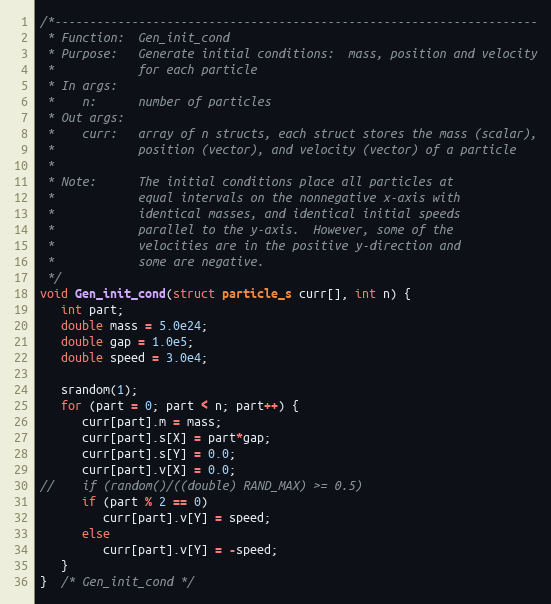
Language: C
/*---------------------------------------------------------------------
 * Function:  Gen_init_cond
 * Purpose:   Generate initial conditions:  mass, position and velocity
 *            for each particle
 * In args:
 *    n:      number of particles
 * Out args:
 *    curr:   array of n structs, each struct stores the mass (scalar),
 *            position (vector), and velocity (vector) of a particle
 *
 * Note:      The initial conditions place all particles at
 *            equal intervals on the nonnegative x-axis with
 *            identical masses, and identical initial speeds
 *            parallel to the y-axis.  However, some of the
 *            velocities are in the positive y-direction and
 *            some are negative.
 */
void Gen_init_cond(struct particle_s curr[], int n) {
   int part;
   double mass = 5.0e24;
   double gap = 1.0e5;
   double speed = 3.0e4;

   srandom(1);
   for (part = 0; part < n; part++) {
      curr[part].m = mass;
      curr[part].s[X] = part*gap;
      curr[part].s[Y] = 0.0;
      curr[part].v[X] = 0.0;
//    if (random()/((double) RAND_MAX) >= 0.5)
      if (part % 2 == 0)
         curr[part].v[Y] = speed;
      else
         curr[part].v[Y] = -speed;
   }
}  /* Gen_init_cond */